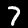
Label: 7